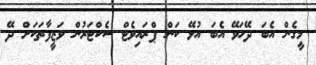
މީގެން އެބަ ދޭހަވޭ އެބަ އުޅޭ ކަން ޕްރައިވެޓް ސެކްޓަރުން ވަޒީފާތަކަށް ދޭ